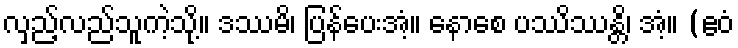
လှည့်လည်သူကဲ့သို့။ ဒဿမိ၊ ပြန်ပေးအံ့။ နောစေ ပဿိဿန္တိ၊ အံ့။ (ဧဝံ